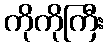
ကိုကိုကြီး